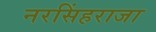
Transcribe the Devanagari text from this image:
नरसिंहराजा